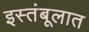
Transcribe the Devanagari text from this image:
इस्तंबूलात